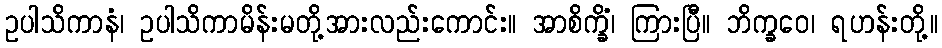
ဥပါသိကာနံ၊ ဥပါသိကာမိန်းမတို့အားလည်းကောင်း။ အာစိက္ခိံ၊ ကြားပြီ။ ဘိက္ခဝေ၊ ရဟန်းတို့။